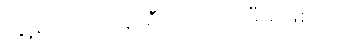
ကျွန်တော် ၈ နာရီ ရထားကိုမီမှ ဖြစ်မယ်။